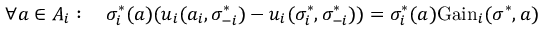
\forall a \in A _ { i } : \quad \sigma _ { i } ^ { * } ( a ) ( u _ { i } ( a _ { i } , \sigma _ { - i } ^ { * } ) - u _ { i } ( \sigma _ { i } ^ { * } , \sigma _ { - i } ^ { * } ) ) = \sigma _ { i } ^ { * } ( a ) { \mathrm { G a i n } } _ { i } ( \sigma ^ { * } , a )